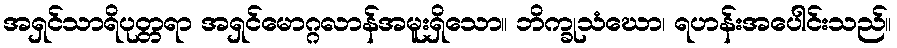
အရှင်သာရိပုတ္တရာ အရှင်မောဂ္ဂလာန်အမူးရှိသော။ ဘိက္ခုသံဃော၊ ရဟန်းအပေါင်းသည်။